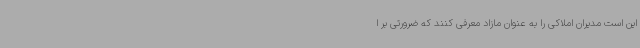
این است مدیران املاکی را به عنوان مازاد معرفی کنند که ضرورتی بر ا